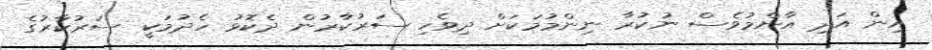
އިން އަދި އާންމުވެސް ނުކުރާ ނިންމުމަކަށް ދިވެހި ސަރުކާރުން ދެކޮޅު ހެދުމަކީ ސަރުކާރުގެ